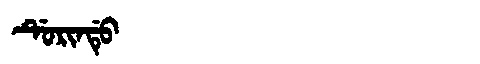
Manchu: ᡩᡠᡵᡳᠨᡩᡠ
Romanization: DURINDU